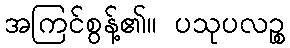
အကြင်စွန့်၏။ ပသုပလဉ္စ